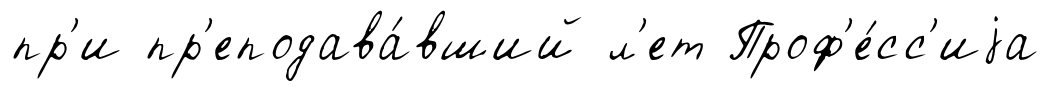
пр'и пр'еподава́вший л'ет Проф'е́сс'иjа